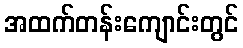
အထက်တန်းကျောင်းတွင်